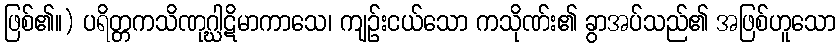
ဖြစ်၏။) ပရိတ္တကသိဏုဂ္ဃါဋိမာကာသေ၊ ကျဉ်းငယ်သော ကသိုဏ်း၏ ခွာအပ်သည်၏ အဖြစ်ဟူသော